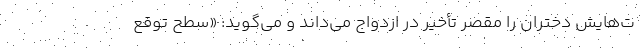
ت‌هایش دختران را مقصر تأخیر در ازدواج می‌داند و می‌گوید: «سطح توقع